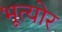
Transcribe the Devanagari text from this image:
भूत्योर